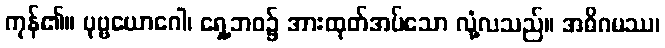
ကုန်၏။ ပုဗ္ဗယောဂေါ၊ ရှေ့ဘဝ၌ အားထုတ်အပ်သော လုံ့လသည်။ အဓိဂမဿ၊